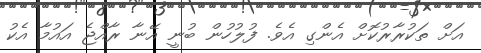
އަށް ތަކުރާރުކޮށް އެންގި އެވެ. ފުލުހުން ބުނީ އޭނާ ރާއްޖެ އައުމާ އެކު